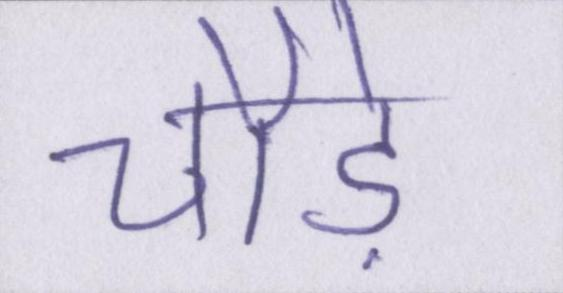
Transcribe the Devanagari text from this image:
चौड़े